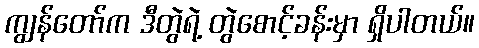
ကျွန်တော်က ဒီတွဲရဲ့ တွဲစောင့်ခန်းမှာ ရှိပါတယ်။